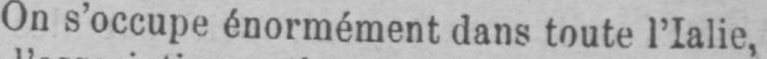
On s’occupe énormément dans toute l’Ialie,